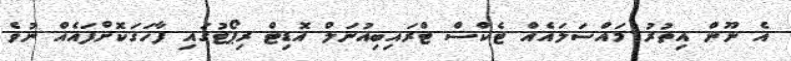
އެ ނޫން އިތުރު މައްސަލައެއް ޓެކްސް ޓްރައިބިއުނަލް އޮޑިޓް ރިޕޯޓުގައި ފާހަގަކޮށްފައެއް ނުވެ